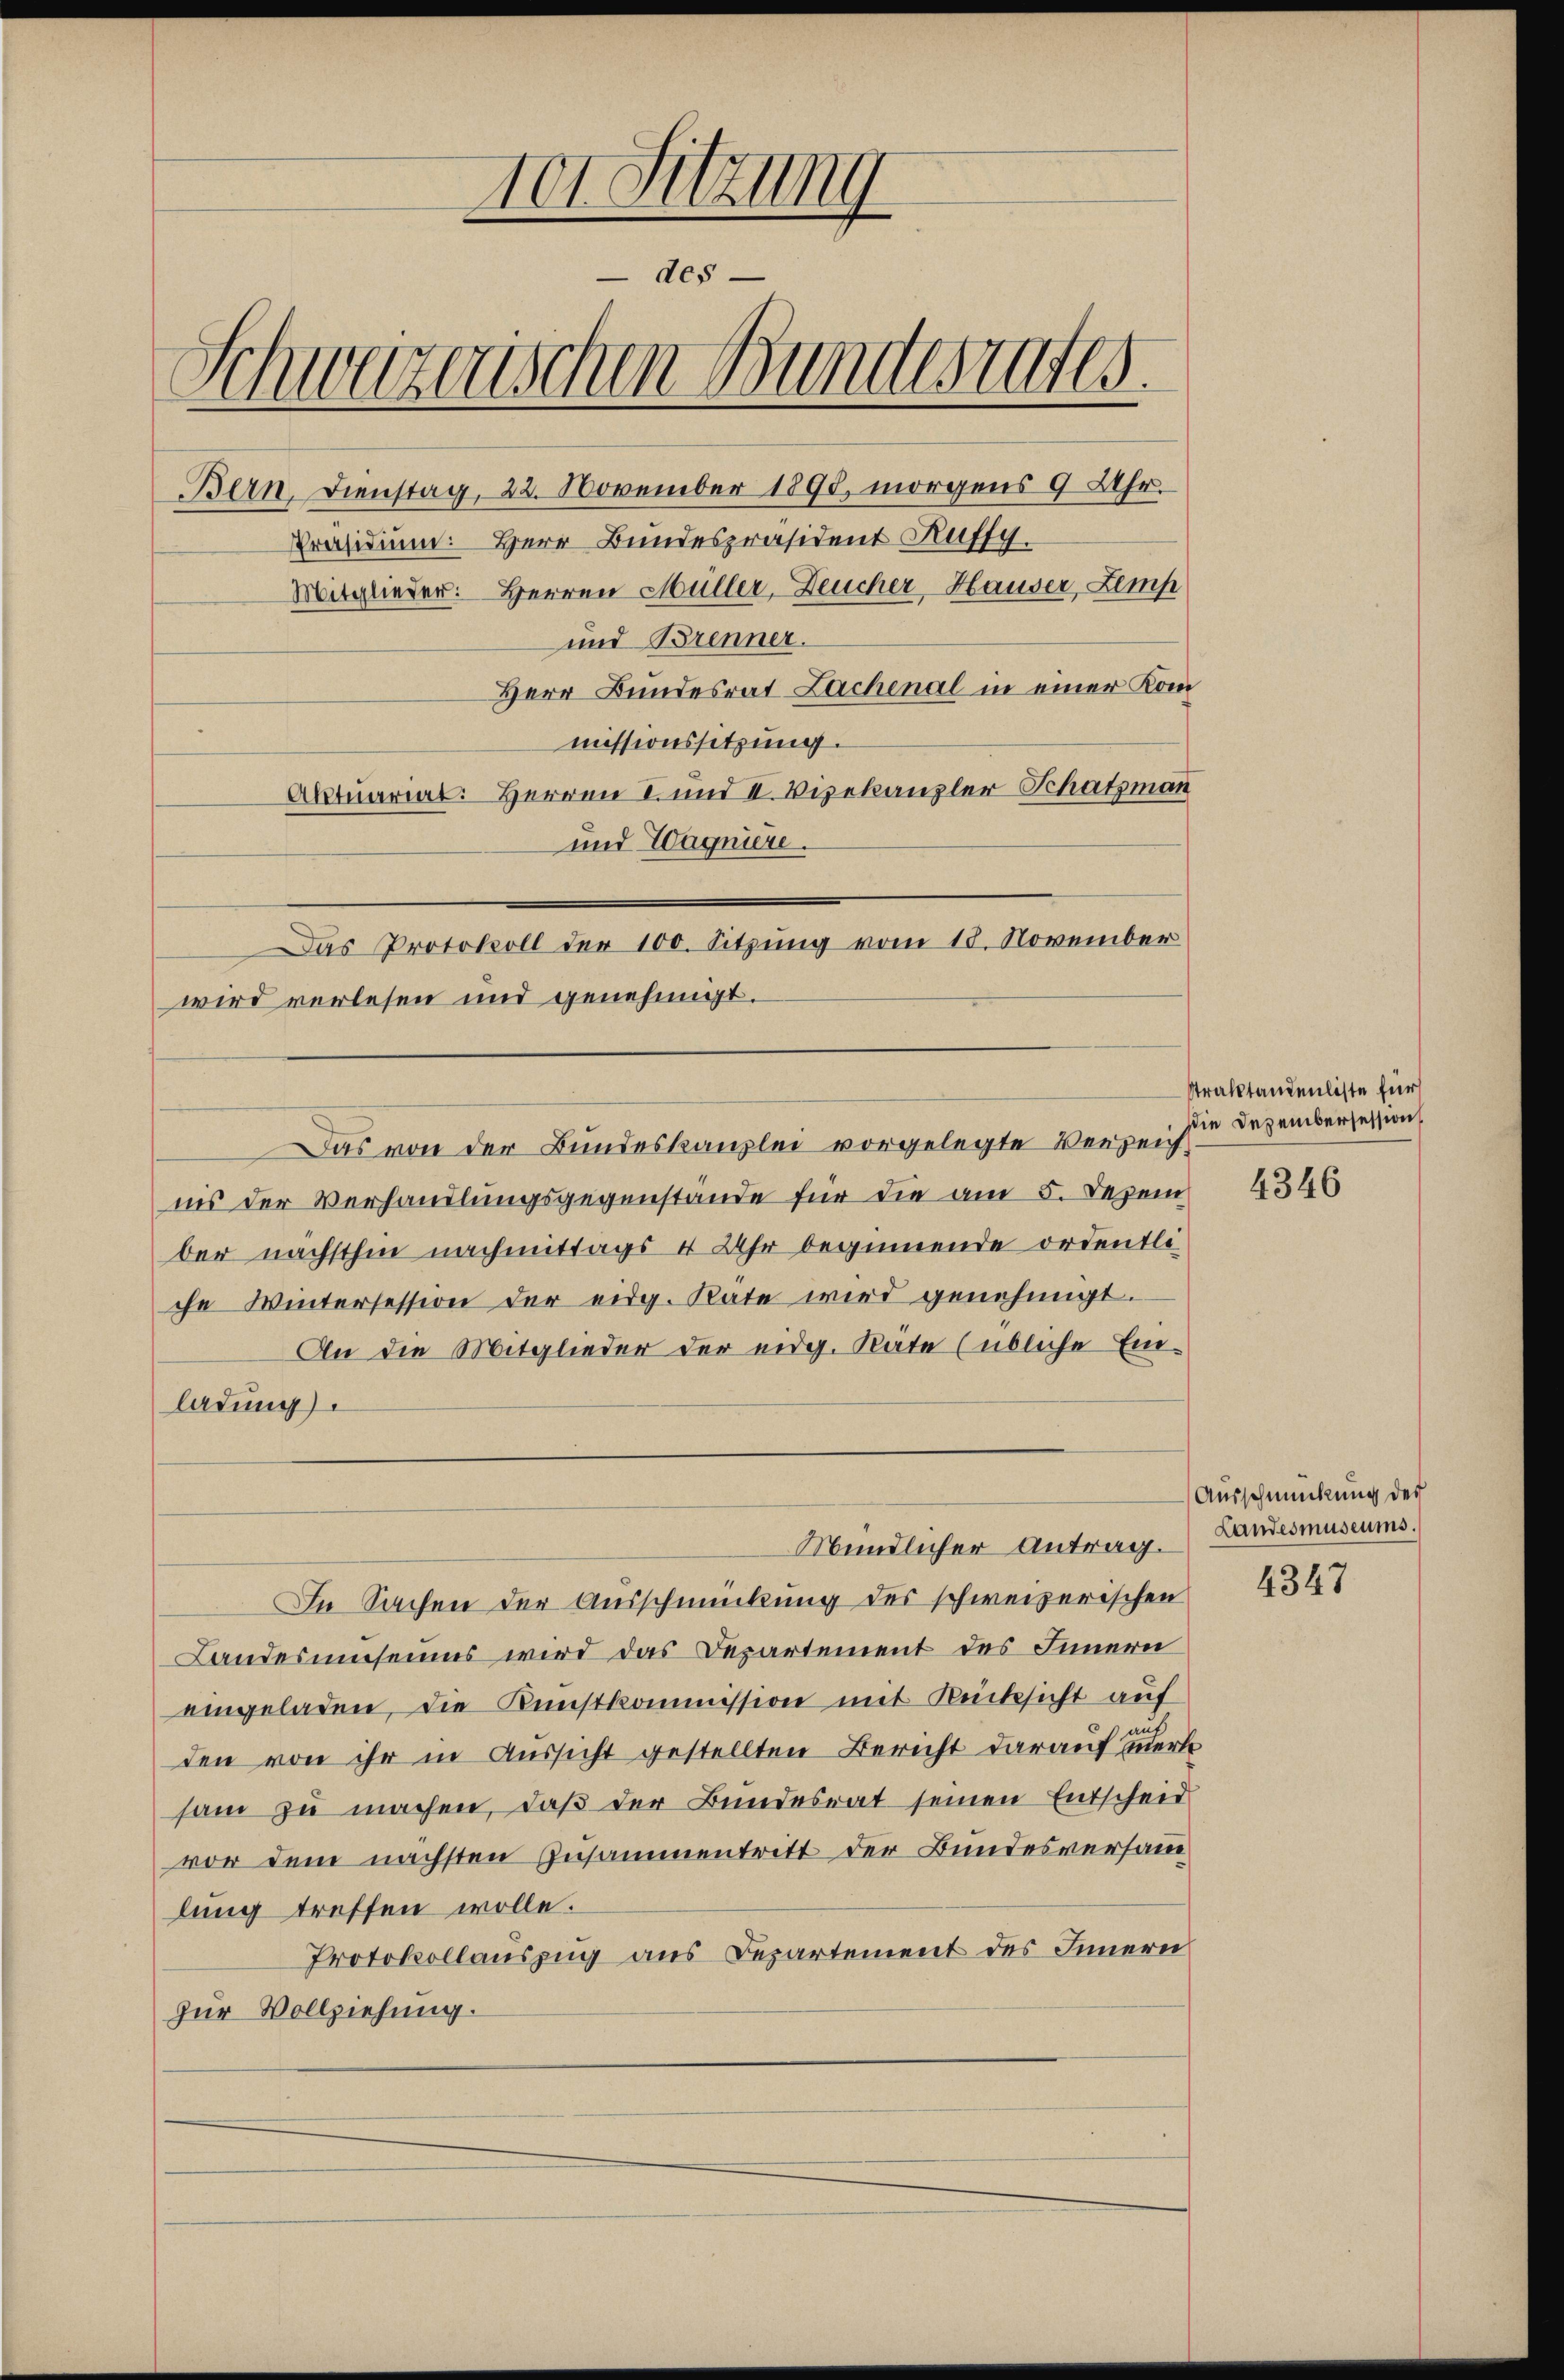
vor Sitzung
- des
Schwarzenschen Bundesrates.
Bern, Dienstag, 22. November 1890, morgens 9 Uhr.
Präsidium. Herr Bundespräsident Kuffy.
Mitglieder: Herren Müller, Deucher Hauser Zemp

und Brenner.
Herr Bundesrat Lachenal in einer Kommissionssitzung.
Aktuariat: Herren I. und II. Vizekanzler Schatzmann
und Wagniere.
wird verlesen und genehmigt.
Das von der Bundeskanzlei vorgelegte Verzeich
ins der Verhandlungsgegenstande für die am 5. Dezem
ber nächsthin nachmittags 4 Uhr beginnende ordentliche Wintersession der eidg. Rate wird genehmigt.
An die Mitglieder der eidg. Rate (übliche Einladung).

Das Protokoll der 100. Sitzung vom 18. November

In Sachen der Ausschmückung des schweizerischen
Landesumseines wird das Departement des Innern
eingeladen, die Kunstkommission mit Rücksicht auf
den von ihr in Aussicht gestellten Bericht darauf Euerte
sam zu machen, daß der Bundesrat seinen Entscheid
vor dem nächsten Zusammentritt der Bundesversamm
lung treffen wolle.
Protokollauszug aus Departement des Innern
zur Vollziehung.

Mündlicher Antrag.

straktandenliste für
Die Dezembersession

4346

Ausschmückung des
Landesmuseums.

4347